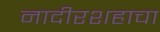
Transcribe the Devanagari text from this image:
नादीरशहाचा